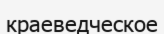
краеведческое